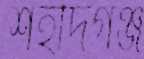
শহীদগঞ্জ